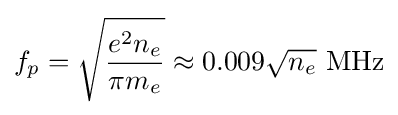
f_{p}={\sqrt {\frac {e^{2}n_{e}}{\pi {}m_{e}}}}\approx 0.009{\sqrt {n_{e}}}~{\textrm {MHz}}